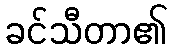
ခင်သီတာ၏